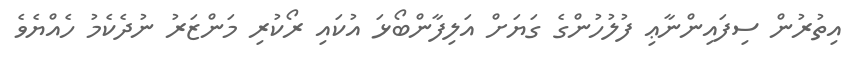
އިތުރުން ސިފައިންނާޢި ފުލުހުންގެ ގަޔަށް އަލިފާންބޯޅަ އުކައި ރޯކުރި މަންޒަރު ނުދެކެމު ހެއްޔެވެ